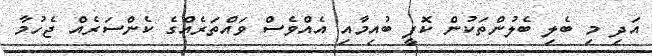
އަދި މި ބެލި ބެލުންތަކުން ކޮފީ ބުއިމާއި އެއްވެސް ވައްތަރެއްގެ ކެންސަރެއް ޖެހުމާ